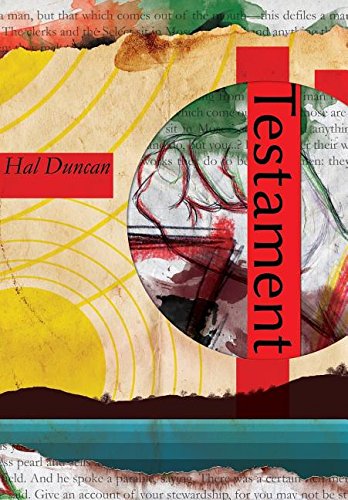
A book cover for Testament; Hal Duncan; Religion & Spirituality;